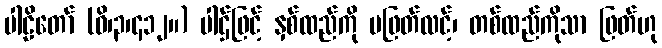
ပါဠိတော် (ဝိ၊၃၊၄၁၂။) ပါဌ်ဖြင့် နှစ်ထည်ကို မဖြတ်လင့်၊ တစ်ထည်ကိုသာ ဖြတ်ဟု